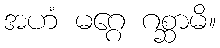
အဟံ မဂ္ဂေ ဂစ္ဆာမိ။